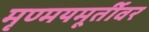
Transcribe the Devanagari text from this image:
मृण्मयमूर्तीवर